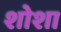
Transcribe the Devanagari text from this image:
शोशा